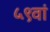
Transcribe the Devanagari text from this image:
५९वां